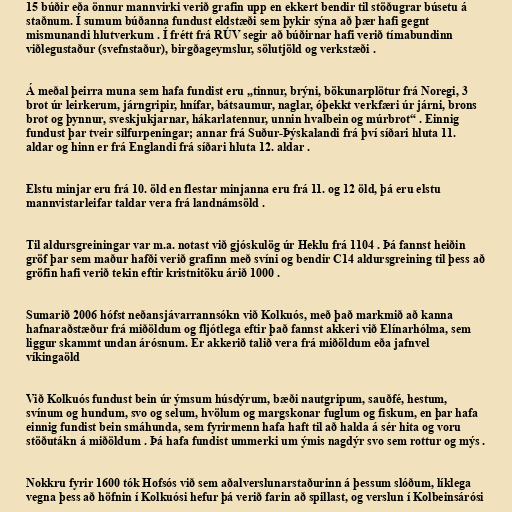
15 búðir eða önnur mannvirki verið grafin upp en ekkert bendir til stöðugrar búsetu á
staðnum. Í sumum búðanna fundust eldstæði sem þykir sýna að þær hafi gegnt
mismunandi hlutverkum . Í frétt frá RÚV segir að búðirnar hafi verið tímabundinn
viðlegustaður (svefnstaður), birgðageymslur, sölutjöld og verkstæði .

Á meðal þeirra muna sem hafa fundist eru „tinnur, brýni, bökunarplötur frá Noregi, 3
brot úr leirkerum, járngripir, hnífar, bátsaumur, naglar, óþekkt verkfæri úr járni, brons
brot og þynnur, sveskjukjarnar, hákarlatennur, unnin hvalbein og múrbrot“ . Einnig
fundust þar tveir silfurpeningar; annar frá Suður-Þýskalandi frá því síðari hluta 11.
aldar og hinn er frá Englandi frá síðari hluta 12. aldar .

Elstu minjar eru frá 10. öld en flestar minjanna eru frá 11. og 12 öld, þá eru elstu
mannvistarleifar taldar vera frá landnámsöld .

Til aldursgreiningar var m.a. notast við gjóskulög úr Heklu frá 1104 . Þá fannst heiðin
gröf þar sem maður hafði verið grafinn með svíni og bendir C14 aldursgreining til þess að
gröfin hafi verið tekin eftir kristnitöku árið 1000 .

Sumarið 2006 hófst neðansjávarrannsókn við Kolkuós, með það markmið að kanna
hafnaraðstæður frá miðöldum og fljótlega eftir það fannst akkeri við Elínarhólma, sem
liggur skammt undan árósnum. Er akkerið talið vera frá miðöldum eða jafnvel
víkingaöld

Við Kolkuós fundust bein úr ýmsum húsdýrum, bæði nautgripum, sauðfé, hestum,
svínum og hundum, svo og selum, hvölum og margskonar fuglum og fiskum, en þar hafa
einnig fundist bein smáhunda, sem fyrirmenn hafa haft til að halda á sér hita og voru
stöðutákn á miðöldum . Þá hafa fundist ummerki um ýmis nagdýr svo sem rottur og mýs .

Nokkru fyrir 1600 tók Hofsós við sem aðalverslunarstaðurinn á þessum slóðum, líklega
vegna þess að höfnin í Kolkuósi hefur þá verið farin að spillast, og verslun í Kolbeinsárósi